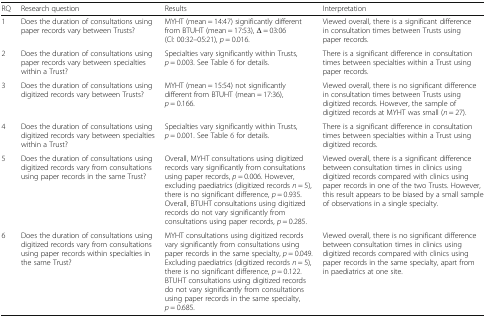
| RQ | Research question | Results | Interpretation |
 | --- | --- | --- | --- |
 | 1 | Does the duration of consultations using paper records vary between Trusts? | MYHT (mean = 14:47) significantly different from BTUHT (mean = 17:53), Δ = 03:06 (CI: 00:32–05:21), p = 0.016. | Viewed overall, there is a significant difference in consultation times between Trusts using paper records. |
 | 2 | Does the duration of consultations using paper records vary between specialties within a Trust? | Specialties vary significantly within Trusts, p = 0.003. See Table 6 for details. | There is a significant difference in consultation times between specialties within a Trust using paper records. |
 | 3 | Does the duration of consultations using digitized records vary between Trusts? | MYHT (mean = 15:54) not significantly different from BTUHT (mean = 17:36), p = 0.166. | Viewed overall, there is no significant difference in consultation times between Trusts using digitized records. However, the sample of digitized records at MYHT was small (n = 27). |
 | 4 | Does the duration of consultations using digitized records vary between specialties within a Trust? | Specialties vary significantly within Trusts, p = 0.001. See Table 6 for details. | There is a significant difference in consultation times between specialties within a Trust using digitized records. |
 | 5 | Does the duration of consultations using digitized records vary from consultations using paper records in the same Trust? | Overall, MYHT consultations using digitized records vary significantly from consultations using paper records, p = 0.006. However, excluding paediatrics (digitized records n = 5), there is no significant difference, p = 0.935.Overall, BTUHT consultations using digitized records do not vary significantly from consultations using paper records, p = 0.285. | Viewed overall, there is a significant difference between consultation times in clinics using digitized records compared with clinics using paper records in one of the two Trusts. However, this result appears to be biased by a small sample of observations in a single specialty. |
 | 6 | Does the duration of consultations using digitized records vary from consultations using paper records within specialties in the same Trust? | MYHT consultations using digitized records vary significantly from consultations using paper records in the same specialty, p = 0.049. Excluding paediatrics (digitized records n = 5), there is no significant difference, p = 0.122.BTUHT consultations using digitized records do not vary significantly from consultations using paper records in the same specialty, p = 0.685. | Viewed overall, there is no significant difference between consultation times in clinics using digitized records compared with clinics using paper records in the same specialty, apart from in paediatrics at one site. |